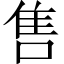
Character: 售